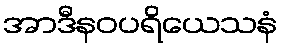
အာဒီနဝပရိယေသနံ